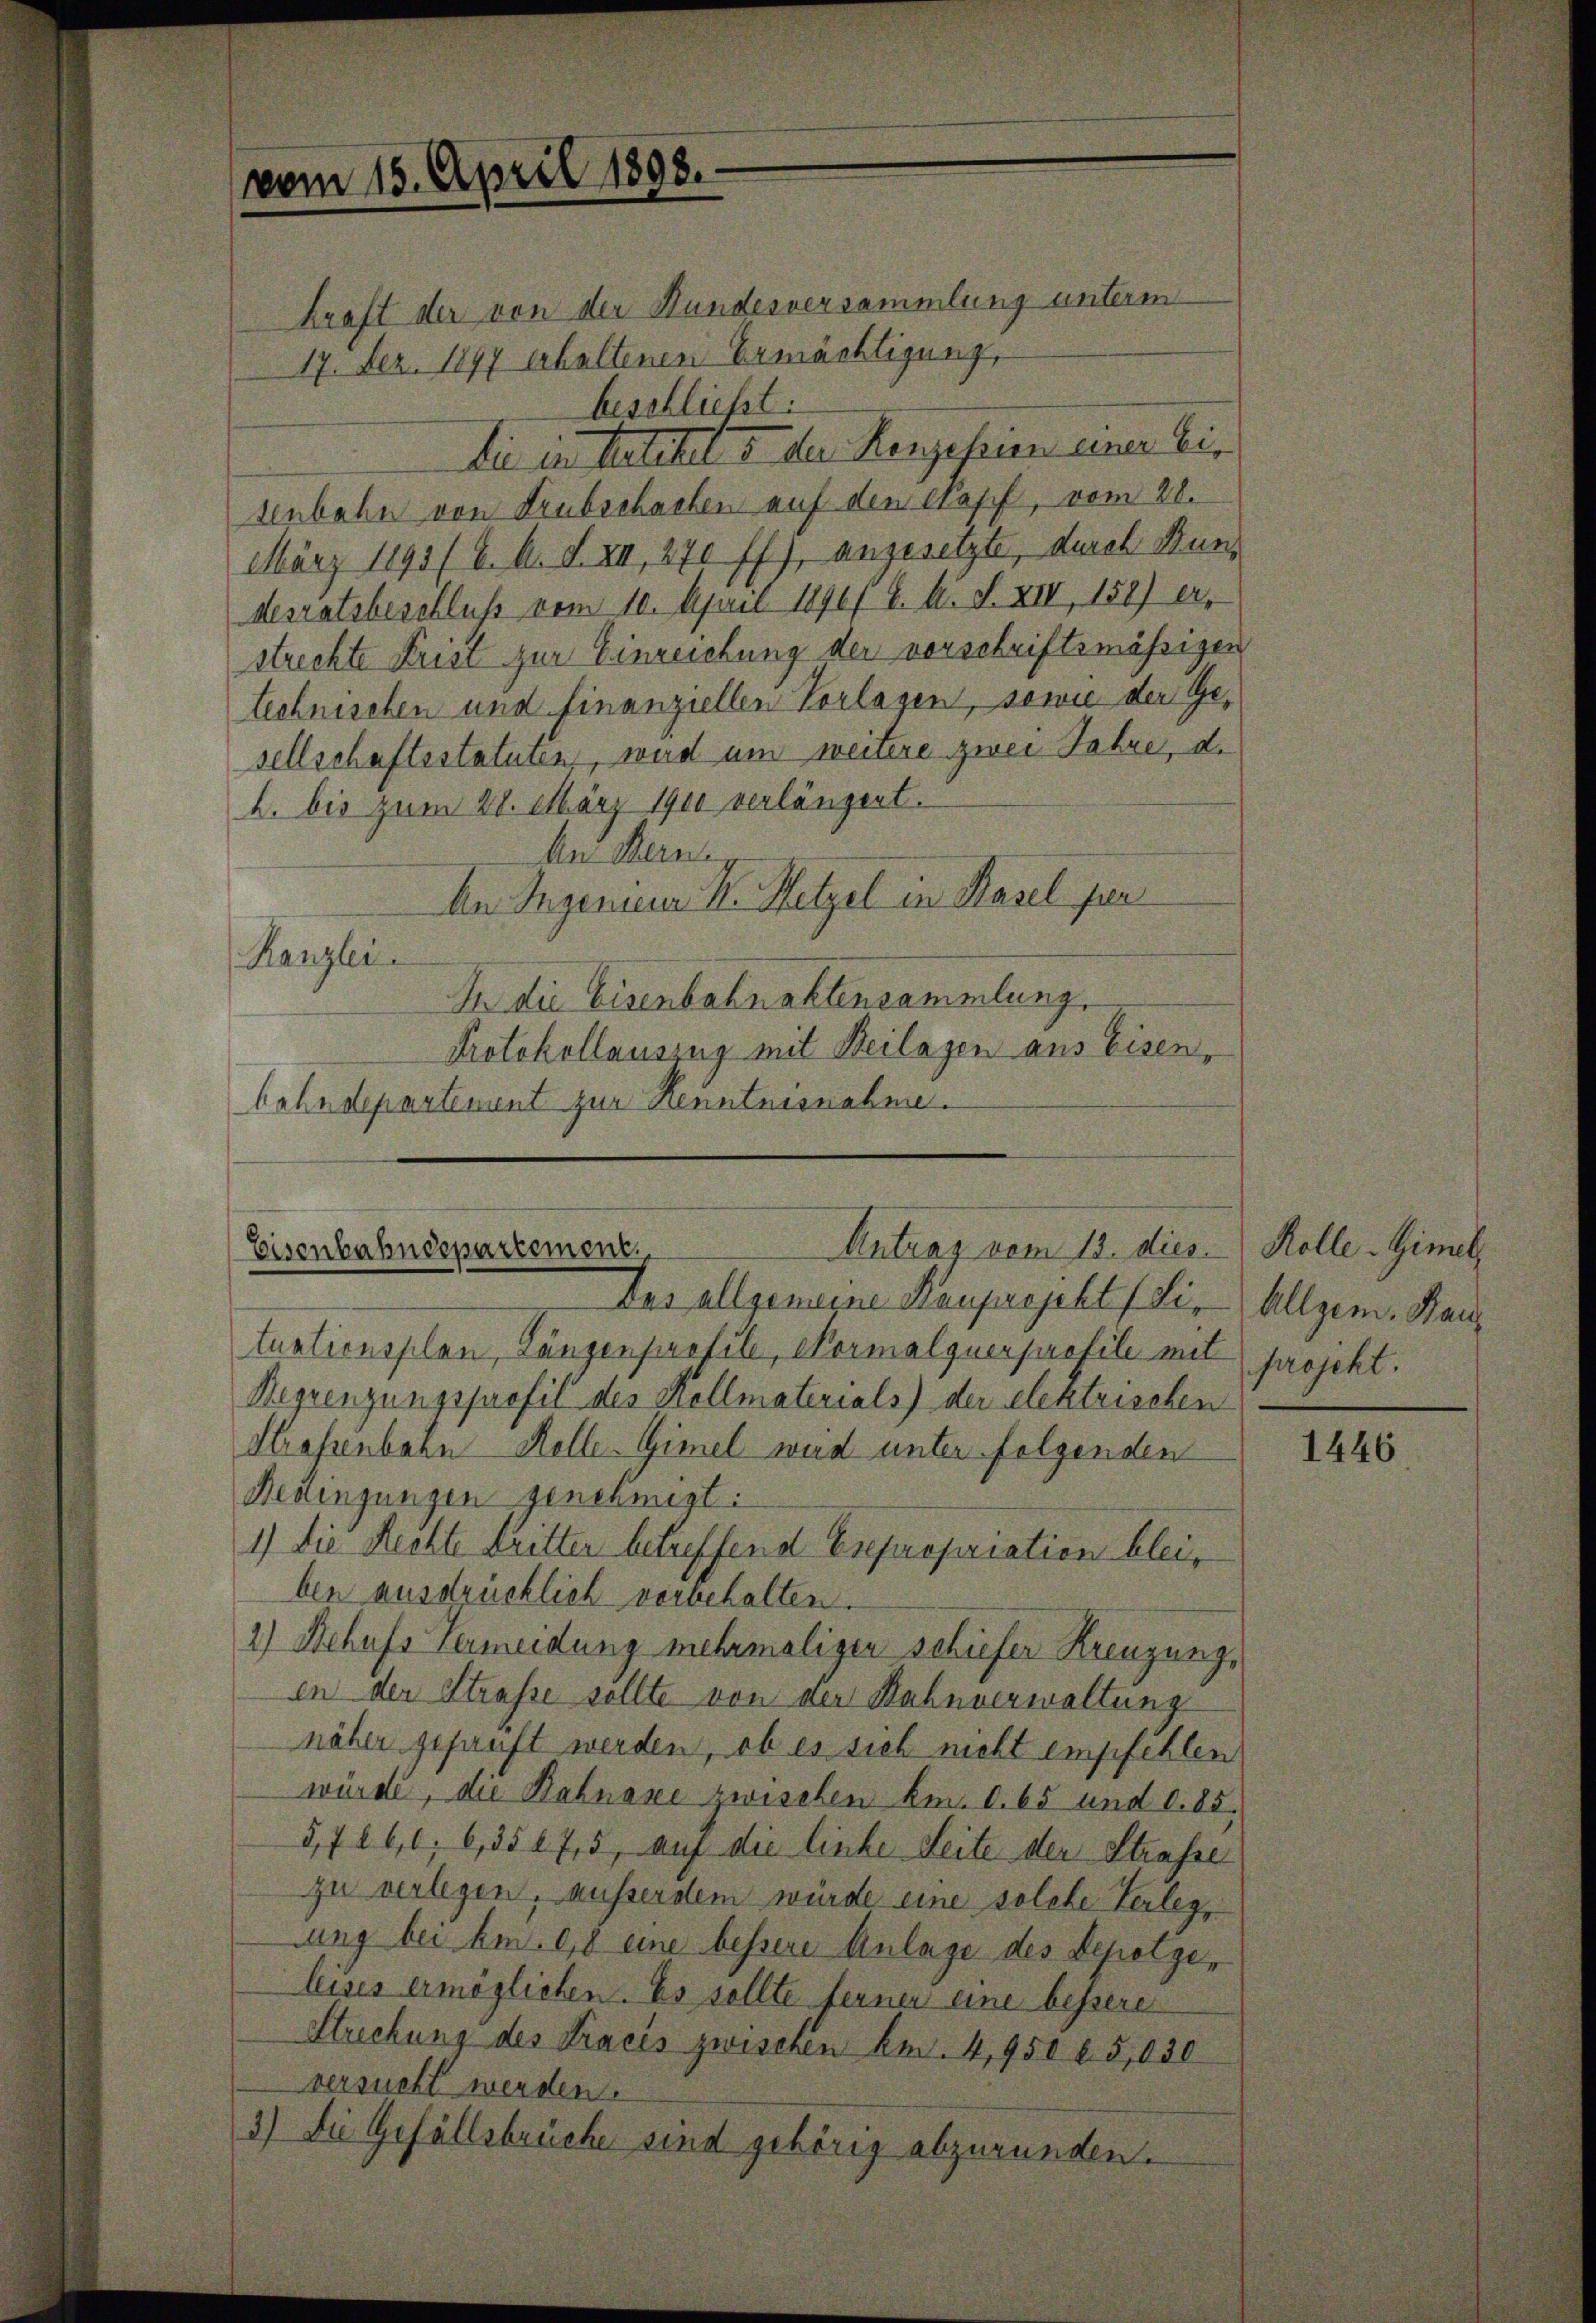
vom 15. April 1898.
17. Fez. 1897 erhaltenen Ermächtigung,
beschließt:

kraft der von der Hundesversammlung unterm
die in Artikel 5 der Konzession einer bis
senbahn von Trubschachen auf den Kopf, vom 28.
März 1893 (2. A. S. XII 270 ff.), angesetzte, durch Bundesratsbeschluß vom 10. April 1896/ B. A. S. XIV, 158) er,
streckte Frist zur Einreichung der vorschriftsmässigen
technischen und finanziellen Vorlagen, sowie der Ge-
sellschaftsstatuten, wird um weitere zwei Jahre, d.
2. bis zum 28. März 1900 verlängert.
An Hern.
An Ingenieur K. Hetzel in Hasel pr
Kanzlei
In die Eisenbahnaktensammlung.
Protokollauszug mit Beilagen aus Eisen¬
Cahndepartement zur Kenntnisnahme.

Untrag vom 13. dies
Eisenbahndepartement.

Des allgemeine Kauprojekt (Li. Allgem. Bautuationsplan, Tänzenprofile, Normalquerprofile mit
Regrenzungsprofil des Kollmaterials) der elektrischen
Strassenbahn Kolle-Gimel wird unter folgenden
Bedingungen genehmigt:
1) Die Rechte Dritter betreffend Expropriation bleiben ausdrücklich verbehalten.
2) Behufs Vermeidung mehrmaligen schiefer Kreuzung,
in der Strasse sollte von der Bahnverwaltung
näher gesanft werden, ob es sich nicht empfehlen
würde, die Bahnaxe zwischen Am. 1. 65 und d. 85.
5,726,0; 6,5507, 5, auf die linke Seite der Strasse
zu verlegen, ausserdem würde eine solche Verlege
ung bei bei. 98 eine bessere Anlage des Depotzeleises ermöglichen. Es sollte ferner eine bessere
Streckung des Fracis zwischen Am. 4, 950 f. 5,030
versucht werden
3) Die Gefällsbrüche sind gehörig abzurunden.

Kolle-Gimel
projekt.

1446.